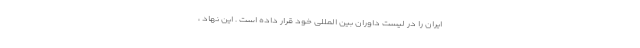
ایران را در لیست داوران بین المللی خود قرار داده است . این نهاد ،